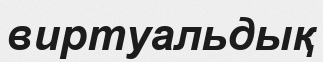
виртуальдық